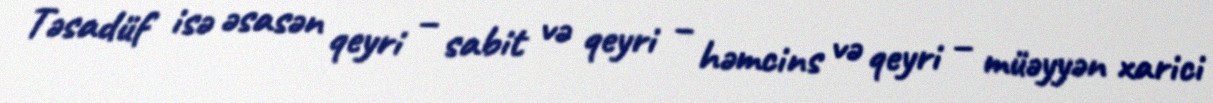
Təsadüf isə əsasən qeyri – sabit və qeyri – həmcins və qeyri – müəyyən xarici